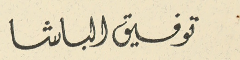
توفيق الباشا